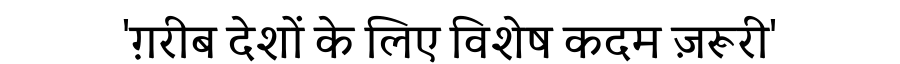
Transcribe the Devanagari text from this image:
'ग़रीब देशों के लिए विशेष कदम ज़रूरी'